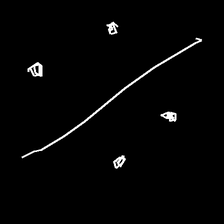
Glyph: cool